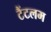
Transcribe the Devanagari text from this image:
टैंटलम